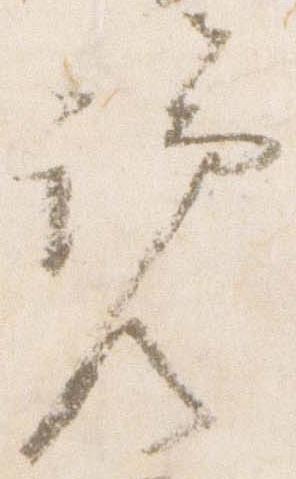
覧